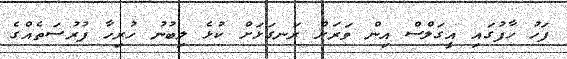
ފަހު ހާފުގައި އީގަލްސް އިން ވަރަށް ރަނގަޅަށް ކުޅެ ލިބުނު ހުރިހާ ފުރުސަތެއްގެ